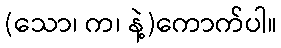
(သော၊ က၊ နဲ့)ကောက်ပါ။